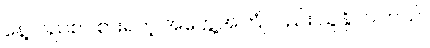
နေ့လည်စာ စားရတဲ့ အတွေ့အကြုံလည်း ယူနိုင်ပါတယ်။